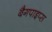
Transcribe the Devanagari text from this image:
बैगपाइप्स